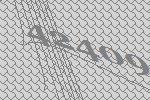
42409